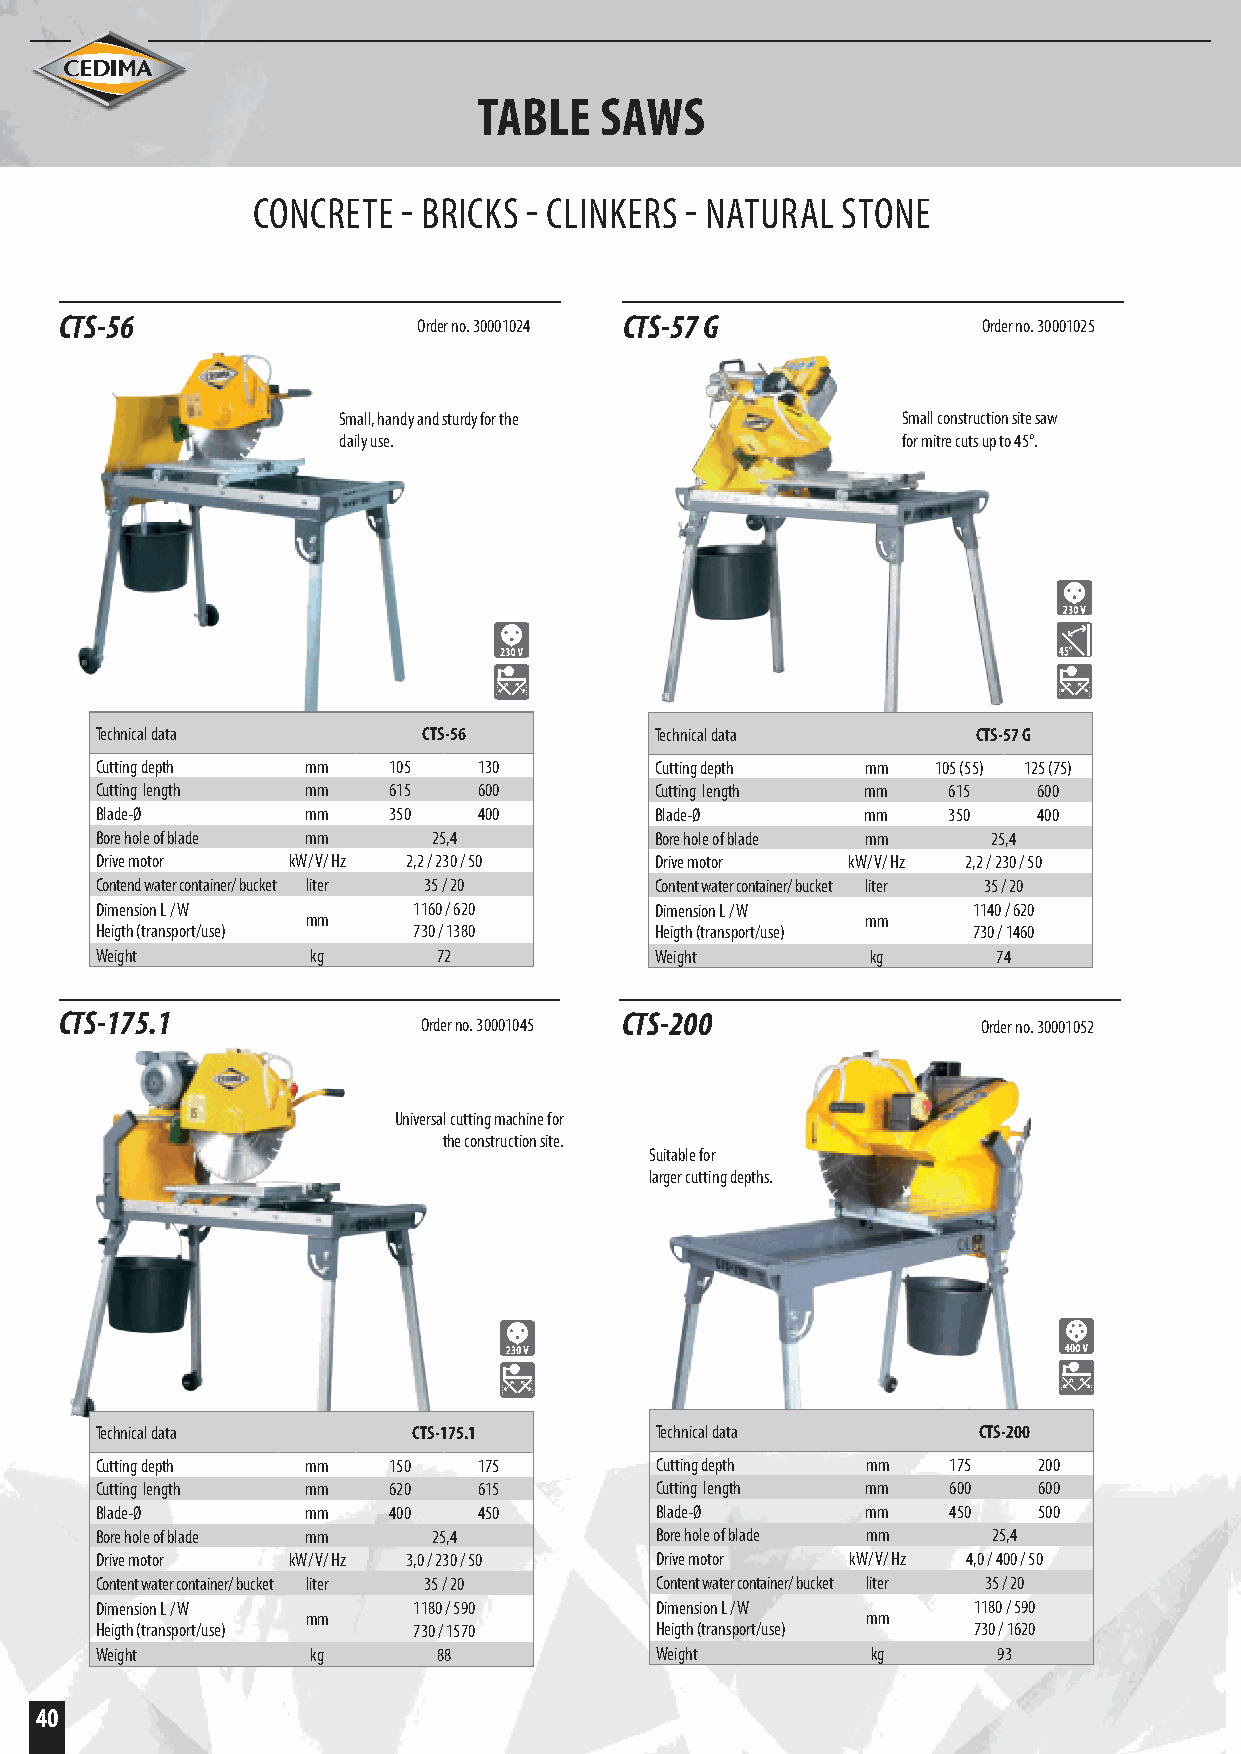
TABLE   SAWS
 CONCRETE  - BRICKS - CLINKERS - NATURAL STONE
 CTS-56                  Order no. 30001024 CTS-57 G          Order no. 30001025
 Small, handy and sturdy for the       Small construction site saw
 daily use.                            for mitre cuts up to 45°.
 Technical data        CTS-56         Technical data        CTS-57 G
 Cutting depth mm    105   130        Cutting depth mm   105 (55) 125 (75)
 Cutting length mm   615   600        Cutting length mm   615   600
 Blade-Ø       mm    350   400        Blade-Ø       mm    350   400
 Bore hole of blade mm  25,4          Bore hole of blade mm  25,4
 Drive motor  kW/ V/ Hz 2,2 / 230 / 50 Drive motor kW/ V/ Hz 2,2 / 230 / 50
 Contend water container/ bucket liter 35 / 20 Content water container/ bucket liter 35 / 20
 Dimension L / W      1160 / 620      Dimension L / W      1140 / 620
 mm                                   mm
 Heigth (transport/use) 730 / 1380    Heigth (transport/use) 730 / 1460
 Weight         kg      72            Weight         kg      74
 CTS-175.1                            CTS-200
 Order no. 30001045                   Order no. 30001052
 Universal cutting machine for
 the construction site.
 Suitable for
 larger cutting depths.
 Technical data       CTS-175.1       Technical data        CTS-200
 Cutting depth mm    150   175        Cutting depth mm    175   200
 Cutting length mm   620   615        Cutting length mm   600   600
 Blade-Ø       mm    400   450        Blade-Ø       mm    450   500
 Bore hole of blade mm  25,4          Bore hole of blade mm  25,4
 Drive motor  kW/ V/ Hz 3,0 / 230 / 50 Drive motor kW/ V/ Hz 4,0 / 400 / 50
 Content water container/ bucket liter 35 / 20 Content water container/ bucket liter 35 / 20
 Dimension L / W      1180 / 590      Dimension L / W      1180 / 590
 mm                                   mm
 Heigth (transport/use) 730 / 1570    Heigth (transport/use) 730 / 1620
 Weight         kg      88            Weight         kg      93
 40